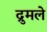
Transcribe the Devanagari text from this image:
द्रुमले